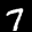
Label: 7